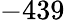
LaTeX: -439